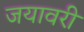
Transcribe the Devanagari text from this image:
जयावरी